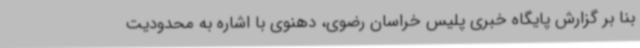
بنا بر گزارش پایگاه خبری پلیس خراسان رضوی، دهنوی با اشاره به محدودیت